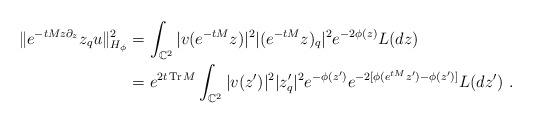
LaTeX: \begin{align*}\|e^{-tMz\partial_z}z_qu\|^2_{H_{\phi}}&=\int_{\mathbb{C}^2}|v(e^{-tM}z)|^2|(e^{-tM}z)_{q}|^{2}e^{-2\phi(z)}L(dz)\\&=e^{2t\operatorname{Tr} M}\int_{\mathbb{C}^2}|v(z')|^2|z'_q|^2e^{-\phi(z')}e^{-2[\phi(e^{tM}z')-\phi(z')]}L(dz'){~.}\end{align*}